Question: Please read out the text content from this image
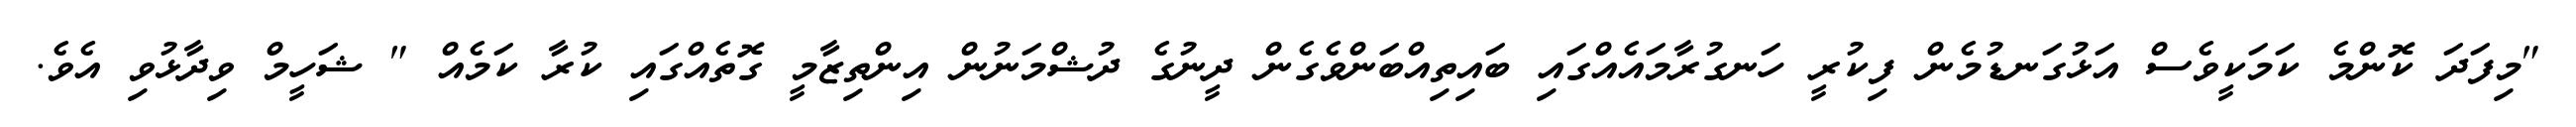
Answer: "މިފަދަ ކޮންމެ ކަމަކީވެސް އަޅުގަނޑުމެން ފިކުރީ ހަނގުރާމައެއްގައި ބައިތިއްބަންވެގެން ދީނުގެ ދުޝްމަނުން އިންތިޒާމީ ގޮތެއްގައި ކުރާ ކަމެއް " ޝަހީމް ވިދާޅުވި އެވެ.